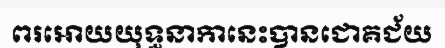
ពរអោយយុទ្ធនាកានេះបានជោគជ័យ